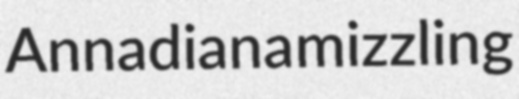
Annadiana mizzling